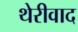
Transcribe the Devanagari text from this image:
थेरीवाद